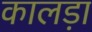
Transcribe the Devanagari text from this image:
कालड़ा